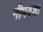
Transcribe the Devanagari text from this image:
नीपवंशी